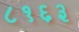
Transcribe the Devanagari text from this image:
८१६३